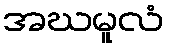
အဃမူလံ